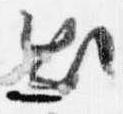
出